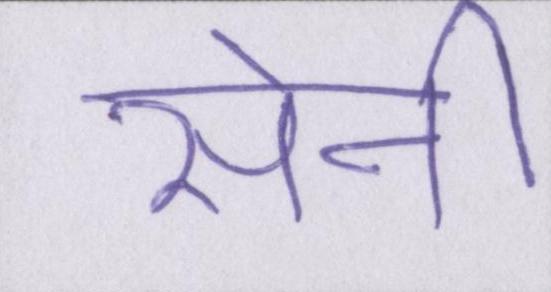
सेनी